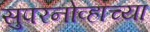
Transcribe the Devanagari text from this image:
सुपरनोव्हाच्या